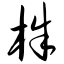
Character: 株